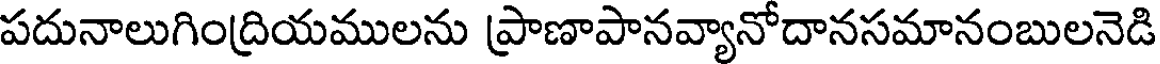
పదునాలుగింద్రియములను ప్రాణాపానవ్యానోదానసమానంబులనెడి